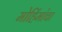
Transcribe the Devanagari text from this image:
मोहिंमांचा